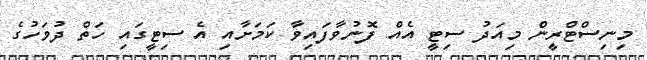
މިނިސްޓްރީން މިއަދު ސިޓީ އެއް ފޮނުވާފައިވާ ކަމަށާއި އެ ސިޓީގައި ހަތް ދުވަހުގެ